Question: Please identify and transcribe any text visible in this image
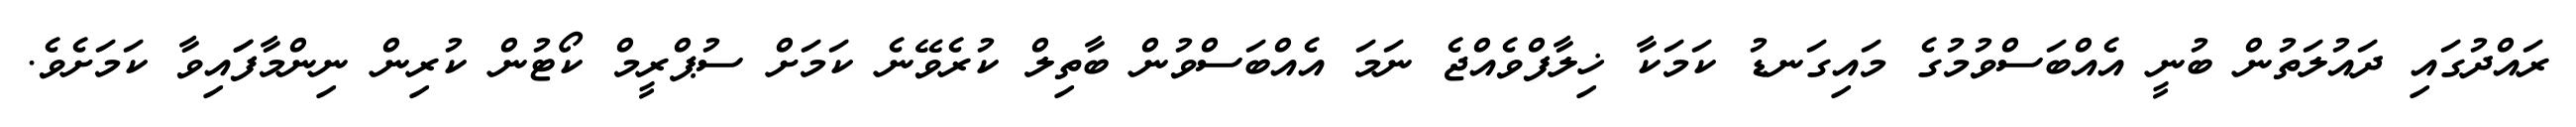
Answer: ރައްދުގައި ދައުލަތުން ބުނީ އެއްބަސްވުމުގެ މައިގަނޑު ކަމަކާ ޚިލާފްވެއްޖެ ނަމަ އެއްބަސްވުން ބާތިލް ކުރެވޭނެ ކަމަށް ސުޕްރީމް ކޯޓުން ކުރިން ނިންމާފަައިވާ ކަމަށެވެ.